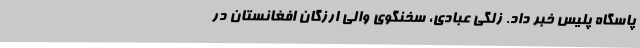
پاسگاه پلیس خبر داد. زلگی عبادی، سخنگوی والی ارزگان افغانستان در